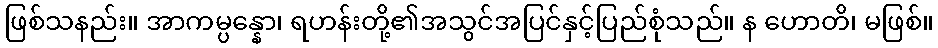
ဖြစ်သနည်း။ အာကမ္ပန္နော၊ ရဟန်းတို့၏အသွင်အပြင်နှင့်ပြည်စုံသည်။ န ဟောတိ၊ မဖြစ်။